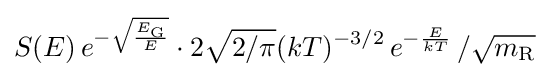
S(E)\,e^{-{\sqrt {\frac {E_{\text{G}}}{E}}}}\cdot 2{\sqrt {2/\pi }}(kT)^{-3/2}\,e^{-{\frac {E}{kT}}}\,/{\sqrt {m_{\text{R}}}}